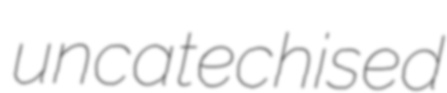
uncatechised